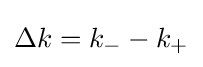
\Delta k=k_{-}-k_{+}